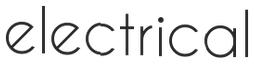
electrical